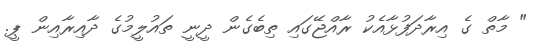
" މާތް ގެ އިރާދަފުޅާއެކު ރާއްޖޭގައި ތިބެގެން ދީނީ ތައުލީމުގެ ދާއިރާއިން ޕީ.